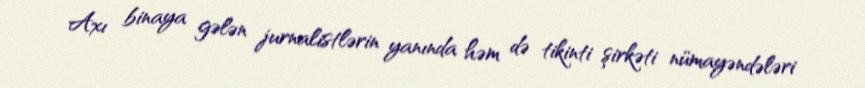
Axı binaya gələn jurnalistlərin yanında həm də tikinti şirkəti nümayəndələri